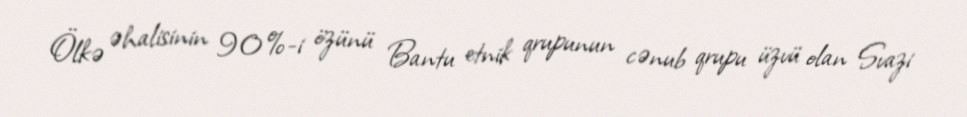
Ölkə əhalisinin 90%-i özünü Bantu etnik qrupunun cənub qrupu üzvü olan Svazi